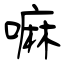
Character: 嘛